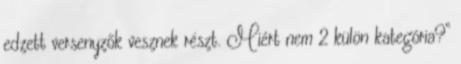
edzett versenyzők vesznek részt. Miért nem 2 külön kategória?”